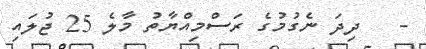
-   ދިދަ ނެގުމުގެ ރަސްމިއްޔާތު މާލެ 25 ޖުލައި